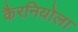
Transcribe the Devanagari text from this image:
कैरनियोला